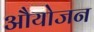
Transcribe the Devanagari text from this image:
औयोजन